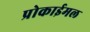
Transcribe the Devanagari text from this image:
प्रोकाईमल